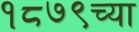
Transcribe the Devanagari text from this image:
१८७९च्या